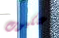
عنكبوت